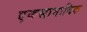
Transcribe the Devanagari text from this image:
एकसामायिक